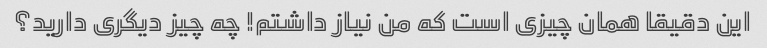
این دقیقا همان چیزی است که من نیاز داشتم! چه چیز دیگری دارید؟